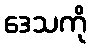
ဒေသကို